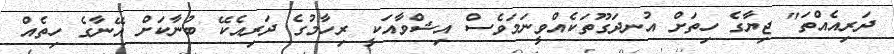
ދަރިއެއްތަ" ޖިޔާގެ ހިތަށް އުނދަގޫތަކެއްވީނަމަވެސް އިޝްވާއަކީ ރިހާމުގެ ދަރިއެކޭ ބުނާކަށް އޭނާގެ ހިތެއް